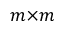
m { \times } m